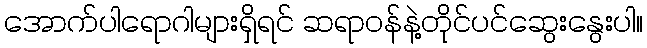
အောက်ပါရောဂါများရှိရင် ဆရာဝန်နဲ့တိုင်ပင်ဆွေးနွေးပါ။